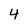
Character: 4